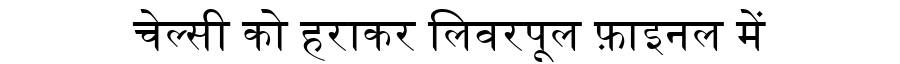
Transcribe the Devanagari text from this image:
चेल्सी को हराकर लिवरपूल फ़ाइनल में